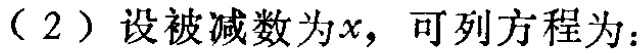
（2）设被减数为\(x\)，可列方程为：